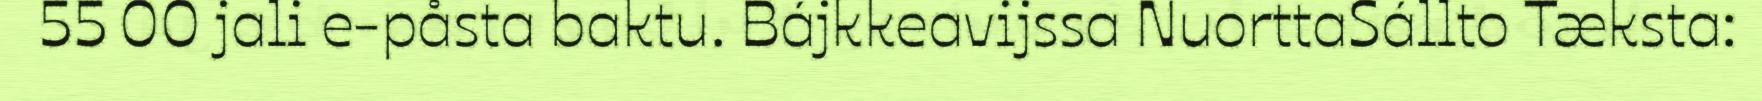
55 00 jali e-påsta baktu. Bájkkeavijssa NuorttaSállto Tæksta: